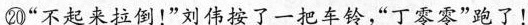
⑳”不起来拉倒！”刘伟按了一把车铃，”丁零零”跑了！